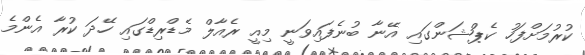
ކުރުމަށްފަހު ކެޕްޝަންގައި އޭނާ ބުނެފައިވަނީ މިއީ ރެއާލް މެޑްރިޑްގައި ހޭދަ ކުރާ އެންމެ